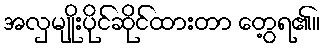
အလှမျိုးပိုင်ဆိုင်ထားတာ တွေ့ရ၏။